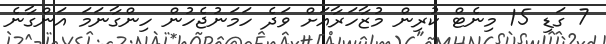
7 ގަޑި 15 މިނެޓް ކުރިން މުޒާހަރާއަށް ވަދެ ހަމަނުޖެހުން ހިންގާނަމަ އަންގާނެ